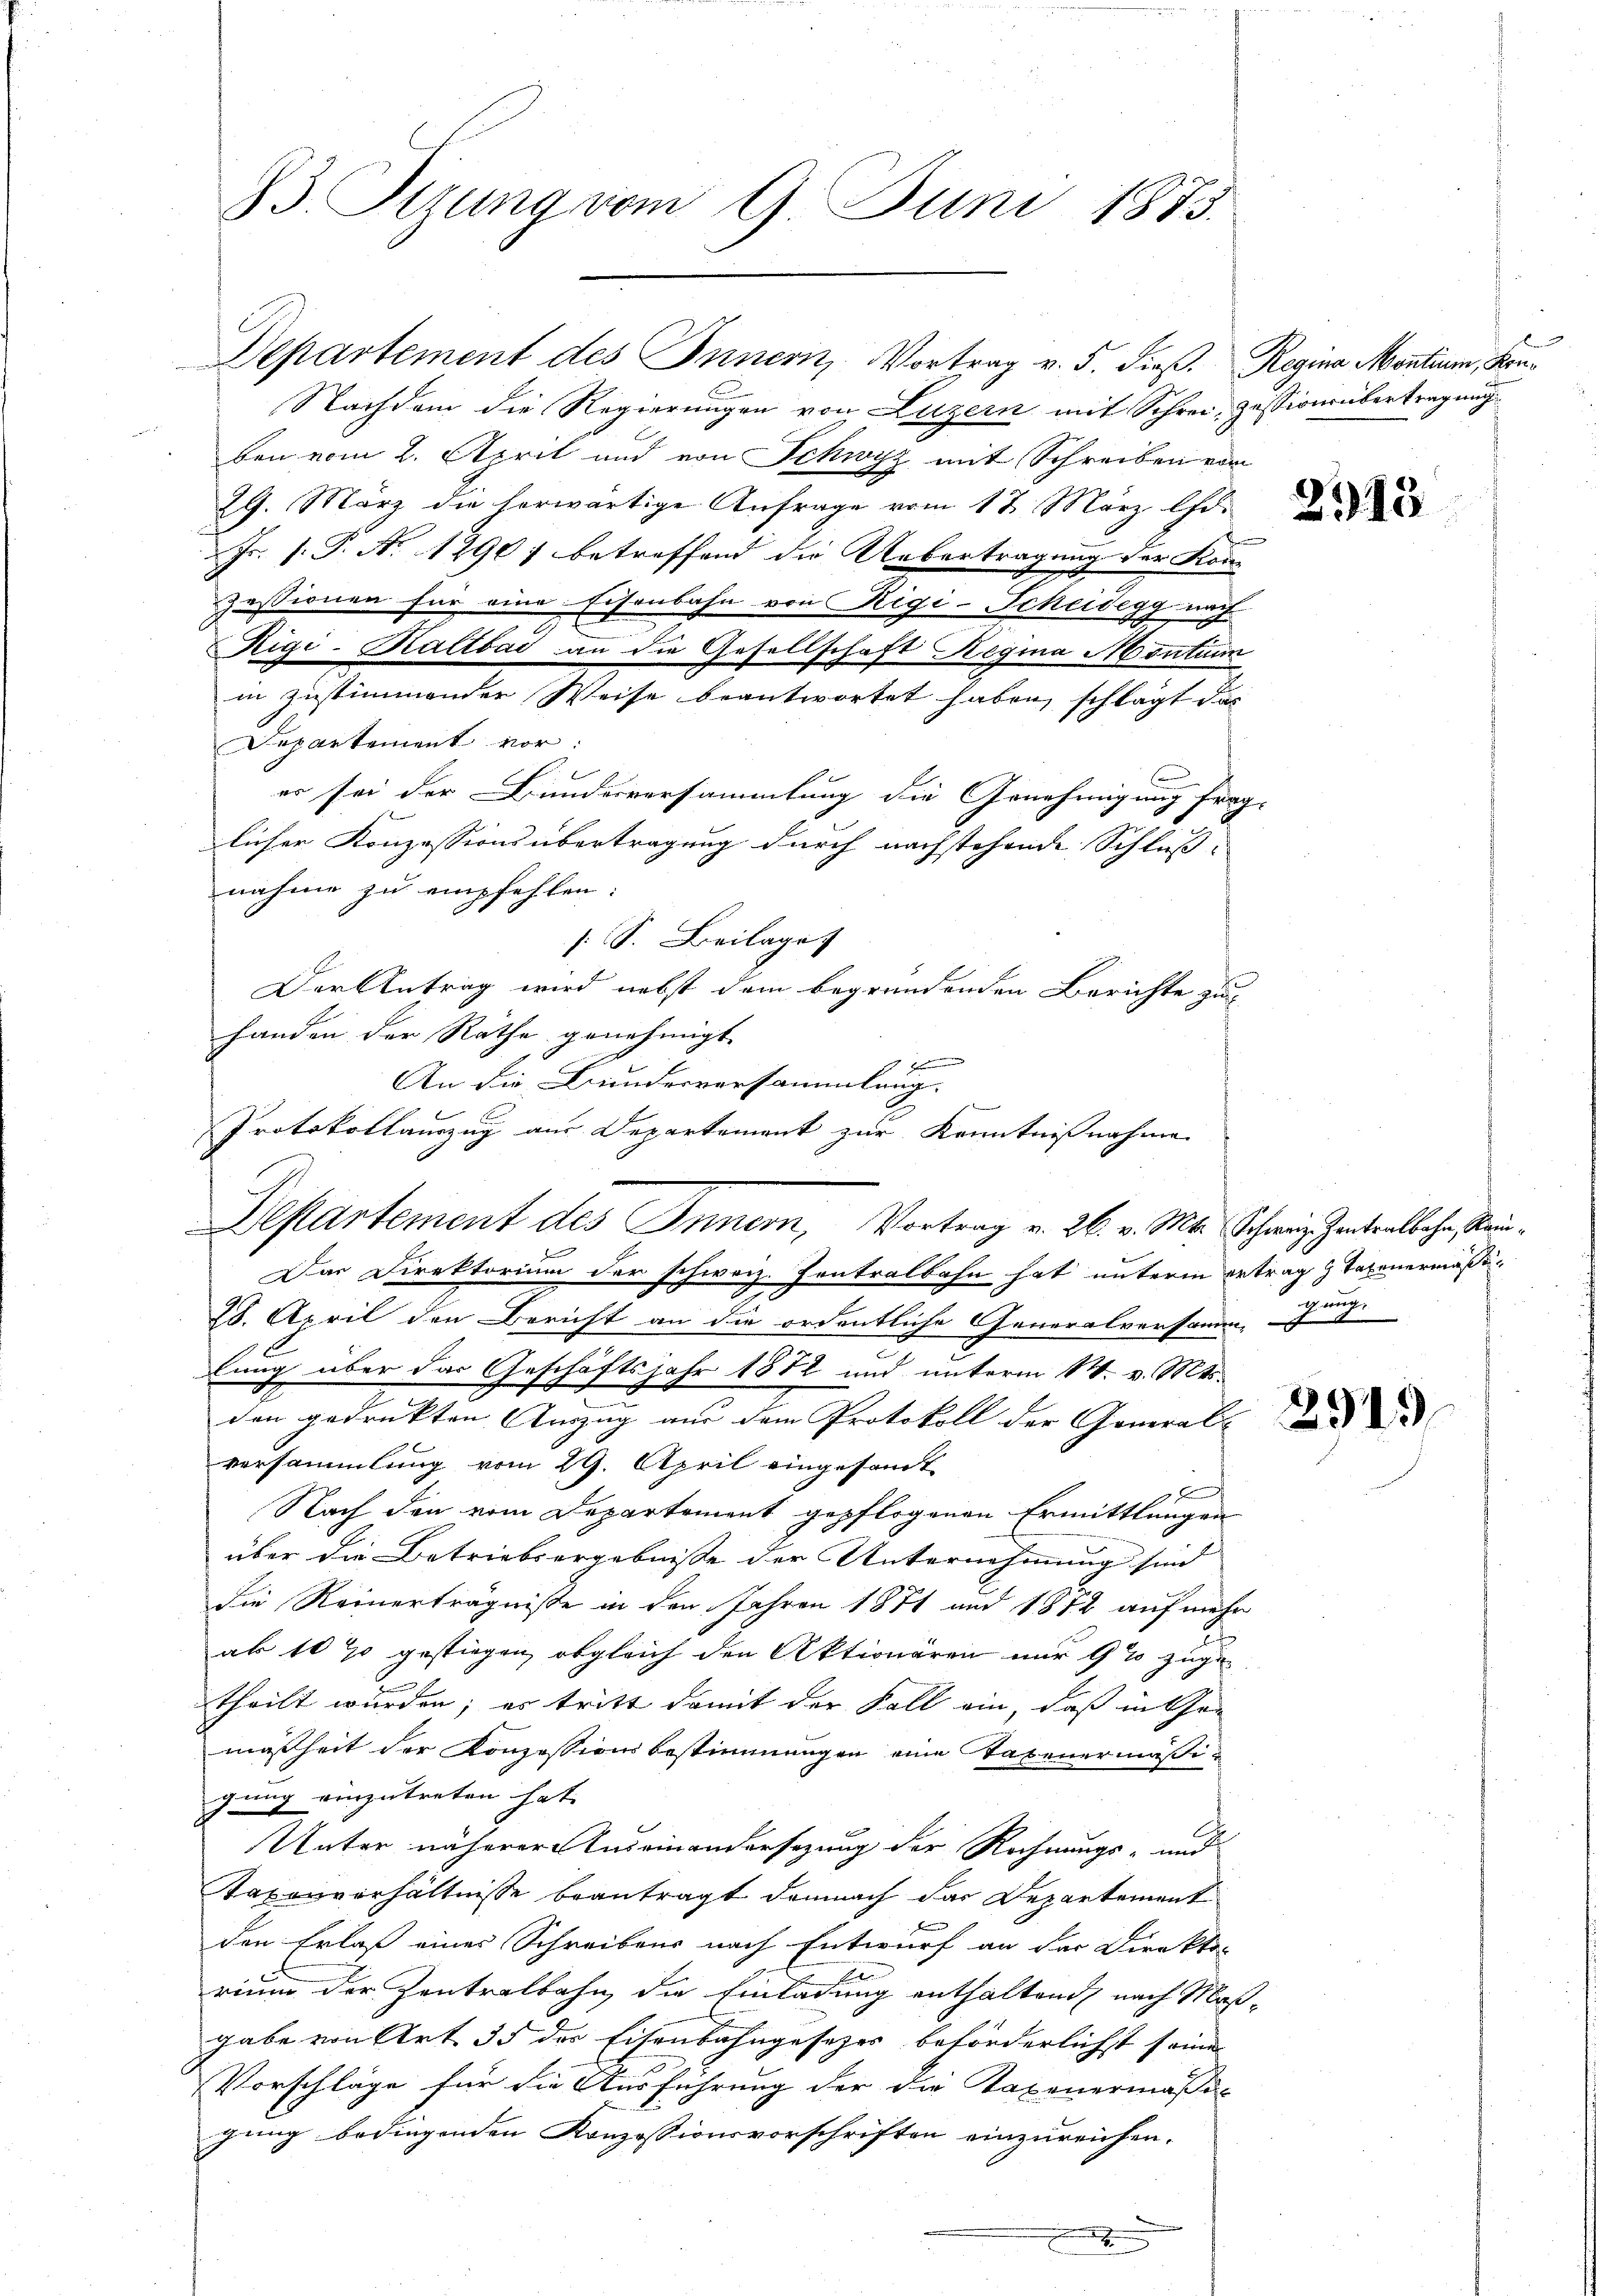
23 Stzung vom 9. Juni 1873.

Departement des Innern, Vortrag v. 5. dieß. Regina Montium, Kon¬
Nachdem die Regierungen von Luzern mit Schrei- Zessionsübertragung
ben vom 2. April und von Schwyz mit Schreiben vom
29. März die horwärtige Anfrage vom 17. März lfd.
Jr. s. P. Nr. 12907 betreffend die Uebertragung der Kon
Zessionen für eine Eisenbahn von Rigi-Scheidegg nach
Rigi-Saltbai an die Gesellschaft Regina Montum
in zustimmender Weise beantwortet haben, schlägt das
Departement vor:
er sei der Bundesversammlung die Genehmigung frag-
licher Konzessionsübertragung durch nachstehende Schluß-
nahme zu empfehlen:
[S. Beilage
Der Antrag wird nebst dem begründenden Berichte zu
handen der Räthe genehmigt.
An die Bunderversammlung
Protokollauszug aus Departement zur Kenntnißnahme
Das Direktorium der schweiz. Zentralbahn hat unterm ertrag & Tatenermäßi¬
28. April den Bericht an die ordentliche Generalversammen
lung über das Geschäftsjahr 1872 und unterm 14. v. Mts.
den gedrukten Auszug aus dem Protokoll der General-
versammlung vom 29. April eingesandt
x
Nach den vom Departement gepflogenen Ermittlungen
über die Betriebsergebnisse der Unternehmung sind |
die Reinerträgnisse in den Jahren 1871 und 1872 auf mehr
ab 11 % gestiegen, obgleich den Aktionären nur 9% zuge
theilt wurden; es tritt damit der Fall ein, daß in Con
mäßheit der Konzessionsbestimmungen eine Tabenermäßigung einzutreten hat.
Unter näherer Auseinandersezung der Rechnungs- und
Taxenverhältnisse beantragt demnach das Departement
den Erlaß eines Schreibens nach Entwurf an der Direktor
rium der Zentralbahn, die Einladung enthaltend nach Maßgabe von Art. 35 des Eisenbahngesetzes beförderlichst seine
Vorschläge für die Ausführung der die Taxenermassi- |
gung bedingenden Konzessionsvorschriften einzureichen.
.

Departement des Innern, Vortrag v. 26. v. Mts. Schweiz Zeitentbehr, Klein¬

.

2315

2919